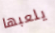
يلعبها